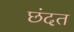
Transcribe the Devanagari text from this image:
छंदत